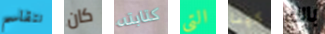
نتقاسم كان كتابته التي كينا بالك